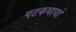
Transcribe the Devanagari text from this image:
पटकथायों